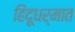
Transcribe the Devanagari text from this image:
हिंदूधर्मात